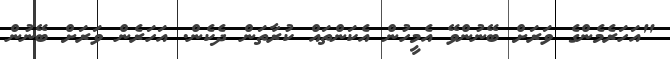
"އަހަރެމެންގެ ވަރަށް ބޭނުންވޭ އެމީހުން އެކަންތައް ކުރާތަން ދެކެން. އަހަރެން ވަރަށް ބޭނުން